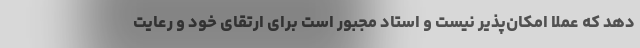
دهد که عملاً امکان‌پذیر نیست و استاد مجبور است برای ارتقای خود و رعایت